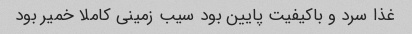
غذا سرد و باکیفیت پایین بود سیب زمینی کاملا خمیر بود